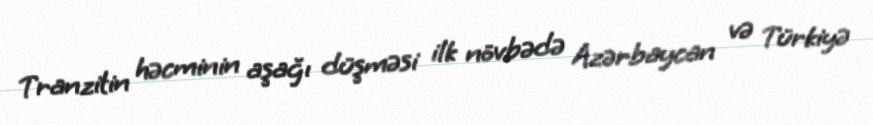
Tranzitin həcminin aşağı düşməsi ilk növbədə Azərbaycan və Türkiyə